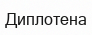
Диплотена